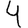
Digit: 4